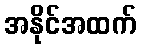
အနိုင်အထက်